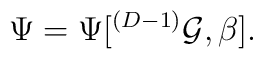
\Psi = \Psi[^{(D-1)} {\cal G}, \beta].